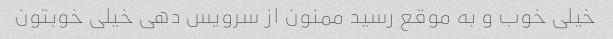
خیلی خوب و به موقع رسید ممنون از سرویس دهی خیلی خوبتون